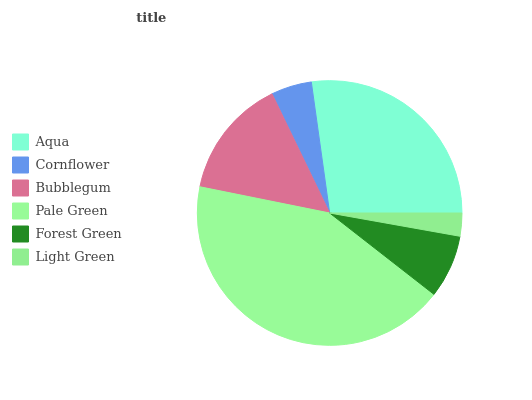
| Aqua | Cornflower | Bubblegum | Pale Green | Forest Green | Light Green |
 | --- | --- | --- | --- | --- | --- |
 | 27.2% | 4.96% | 14.7% | 42.6% | 7.73% | 2.8% |